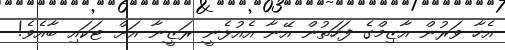
އެހާ ވަރުން އާޒިމްގެ ފަހަތުން އޭނާ އެއުޅެނީ ރަޒީނާ އަށް ޓަކައި ބާއެވެ!